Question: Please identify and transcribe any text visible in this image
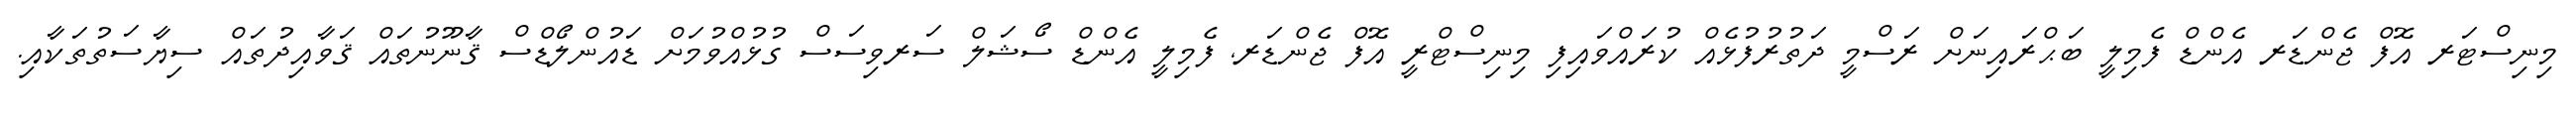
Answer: މިނިސްޓަރ އޮފް ޖެންޑަރ އެންޑް ފެމިލީ ބަޙްރައިނަށް ރަސްމީ ދަތުރުފުޅެއް ކުރައްވައިފި މިނިސްޓްރީ އޮފް ޖެންޑަރ, ފެމިލީ އެންޑް ސޯޝަލް ސަރވިސަސް ގުޅުއްވުމަށް ޑައުންލޯޑްސް ޤާނޫނުތައް ޤަވާއިދުތައް ސިޔާސަތުތަކާއި.